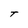
Character: T